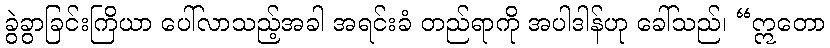
ခွဲခွာခြင်းကြိယာ ပေါ်လာသည့်အခါ အရင်းခံ တည်ရာကို အပါဒါန်ဟု ခေါ်သည်၊ “ဣတော